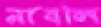
নাবলি